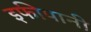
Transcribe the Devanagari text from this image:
इफीपानी